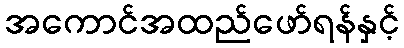
အကောင်အထည်ဖော်ရန်နှင့်